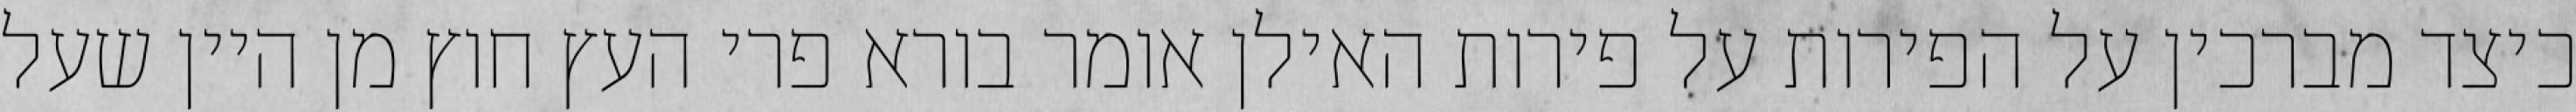
כיצד מברכין על הפירות על פירות האילן אומר בורא פרי העץ חוץ מן היין שעל